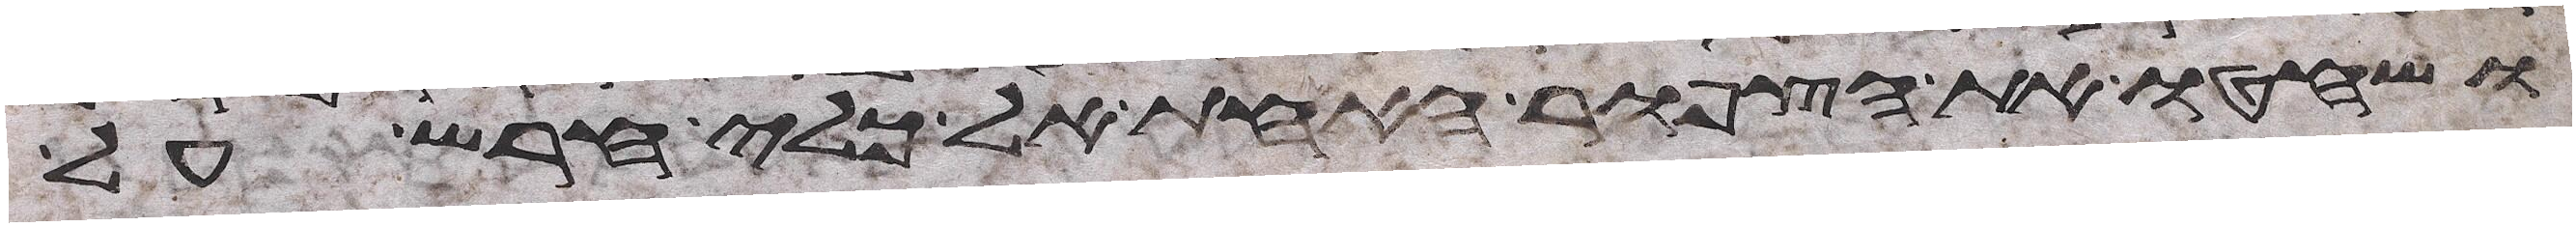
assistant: ושחטו את הצפור האחת אל כלי חרש על